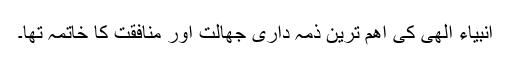
انبیاء الھی کی اھم ترین ذمہ داری جھالت اور منافقت کا خاتمہ تھا۔